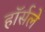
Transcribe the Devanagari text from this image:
हॉर्सले